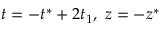
t = - t ^ { * } + 2 t _ { 1 } , \ z = - z ^ { * }